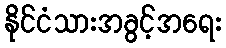
နိုင်ငံသားအခွင့်အရေး